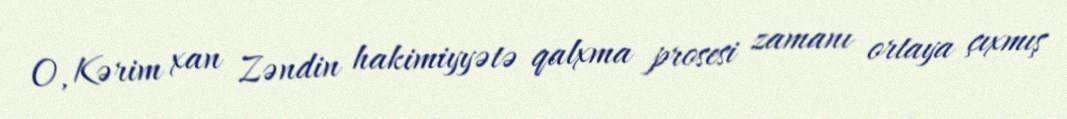
O, Kərim xan Zəndin hakimiyyətə qalxma prosesi zamanı ortaya çıxmış